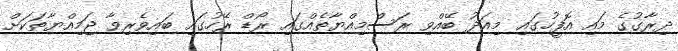
ދިރާގުގެ މައި އޮފީހުގައި މިއަދު ބޭއްވި ރަސްމިއްޔާތެއްގައި ރޯޑް ރޭހުގައި ބައިވެރިވާ ޖަމިއްޔާތަކަށް